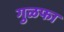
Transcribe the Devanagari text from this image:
गुळफा